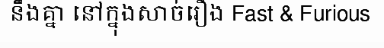
នឹងគ្នា នៅក្នុងសាច់រឿង Fast & Furious